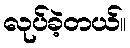
လုပ်ခဲ့တယ်။